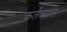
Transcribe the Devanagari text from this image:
कर्तव्यात